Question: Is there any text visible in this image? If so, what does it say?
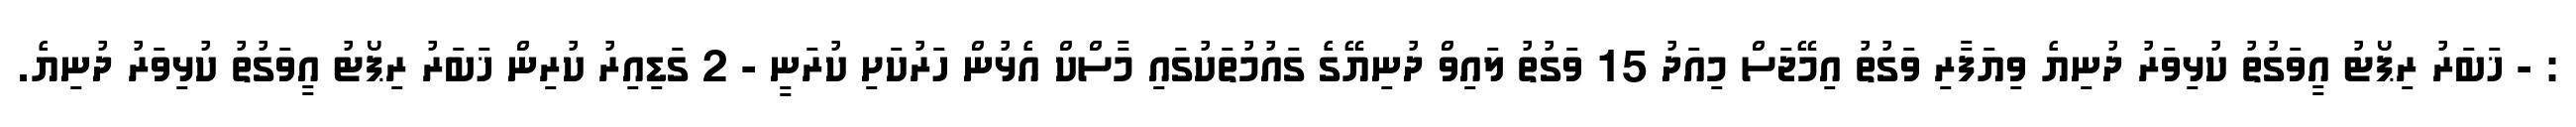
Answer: : - ޚަބަރު ރިޕޯޓު އީވަގުތު ކުޅިވަރު ދުނިޔެ ވިޔަފާރި ވަގުތު އިމޭޖަސް މިއަދު 15 ވަގުތު ލައިވް ދުނިޔޭގެ ގައުމުތަކުގައި މާސްކް އެޅުން ހަރުކަށި ކުރަނީ - 2 ގަޑިއިރު ކުރިން ޚަބަރު ރިޕޯޓު އީވަގުތު ކުޅިވަރު ދުނިޔެ.